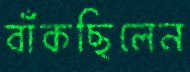
বাঁকছিলেন